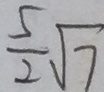
\frac { 5 } { 2 } \sqrt { 7 }